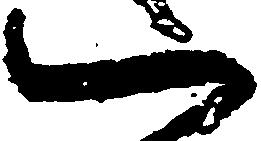
一